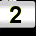
Digit: 2